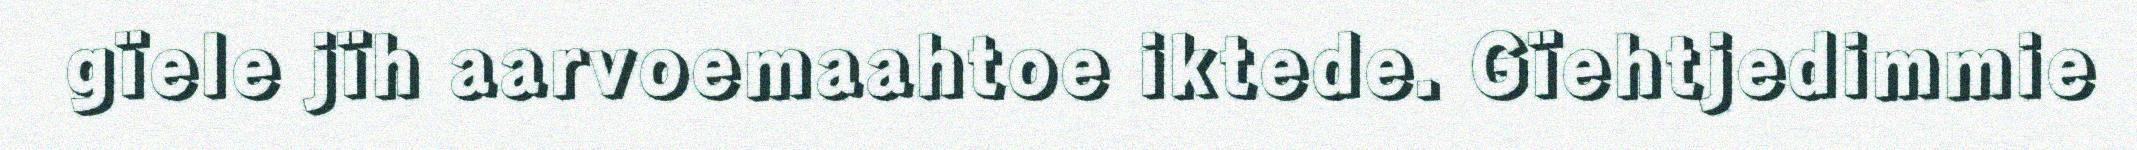
gïele jïh aarvoemaahtoe iktede. Gïehtjedimmie